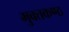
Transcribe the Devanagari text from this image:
मुक्तकण्ठ